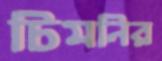
চিমনির